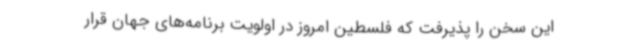
این سخن را پذیرفت که فلسطین امروز در اولویت برنامه‌های جهان قرار